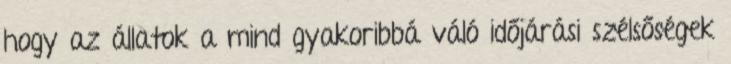
hogy az állatok a mind gyakoribbá váló időjárási szélsőségek